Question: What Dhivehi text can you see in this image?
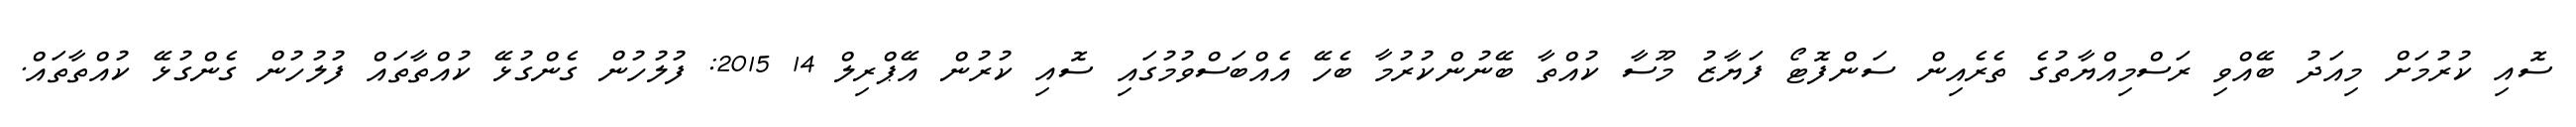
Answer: ސޮއި ކުރުމަށް މިއަދު ބޭއްވި ރަސްމިއްޔާތުގެ ތެރެއިން ސަންފޮޓޯ ފަޔާޒު މޫސާ ކުއްތާ ބޭނުންކުރުމާ ބެހޭ އެއްބަސްވުމުގައި ސޮއި ކުރުން އޭޕްރިލް 14 2015: ފުލުހުން ގެންގުޅޭ ކުއްތާތައް ފުލުހުން ގެންގުޅޭ ކުއްތާތައް.